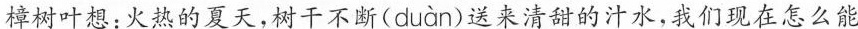
樟树叶想：火热的夏天，树干不断( duàn )送来清甜的汁水，我们现在怎么能